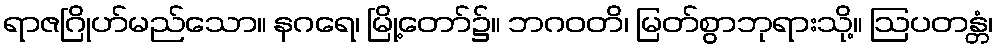
ရာဇဂြိုဟ်မည်သော။ နဂရေ၊ မြို့တော်၌။ ဘဂဝတိ၊ မြတ်စွာဘုရားသို့။ ဩပတန္တံ၊